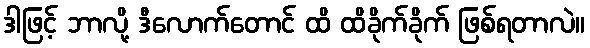
ဒါဖြင့် ဘာလို့ ဒီလောက်တောင် ထိ ထိခိုက်ခိုက် ဖြစ်ရတာလဲ။